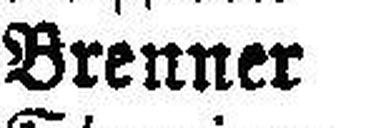
Brenner